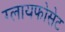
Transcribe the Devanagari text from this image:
ग्लायफोसेट